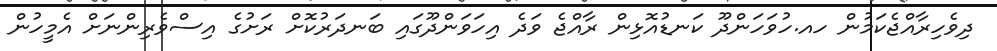
ދިވެހިރާއްޖެކަމުން ހއ.ހުވަހަންދޫ ކަނޑުއޮޅިން ރާއްޖެ ވަދެ އިހަވަންދޫގައި ބަނދަރުކޮށް ރަށުގެ އިސްވެރިންނަށް އެމީހުން